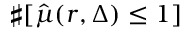
\sharp [ \hat { \mu } ( r , \Delta ) \leq 1 ]